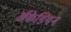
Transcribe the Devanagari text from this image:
अॅकेडियन